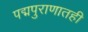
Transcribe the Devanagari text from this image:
पद्मपुराणातही